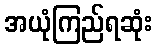
အယုံကြည်ရဆုံး